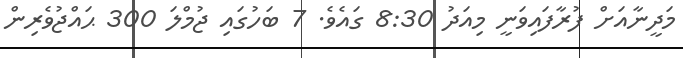
މަދީނާއަށް ފުރާފައިވަނީ މިއަދު 8:30 ގައެވެ. 7 ބަހުގައި ޖުމްލަ 300 ޙައްޖުވެރިން